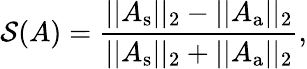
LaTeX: \mathcal{S}(A)=\frac{\vert\vert A_{\mathrm{s}}\vert\vert_{2}-\vert\vert A_{\mathrm{a}}\vert\vert_{2}}{\vert\vert A_{\mathrm{s}}\vert\vert_{2}+\vert\vert A_{\mathrm{a}}\vert\vert_{2}},